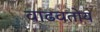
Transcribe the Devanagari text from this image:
वाढवतोय